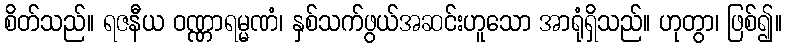
စိတ်သည်။ ရဇနီယ ဝဏ္ဏာရမ္မဏံ၊ နှစ်သက်ဖွယ်အဆင်းဟူသော အာရုံရှိသည်။ ဟုတွာ၊ ဖြစ်၍။